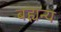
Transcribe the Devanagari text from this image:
बह्यन्य